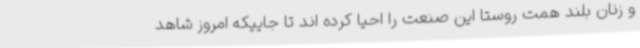
و زنان بلند همت روستا این صنعت را احیا کرده اند تا جاییکه امروز شاهد